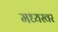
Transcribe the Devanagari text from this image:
मध्यस्वर